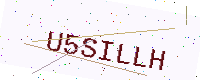
Text: U5SILLH